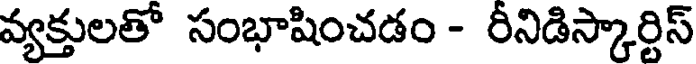
వ్యక్తులతో సంభాషించడం - రీనిడిస్కార్టిస్